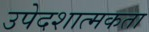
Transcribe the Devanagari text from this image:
उपेदशात्मकता